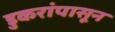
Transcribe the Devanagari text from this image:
डुकरांपासून